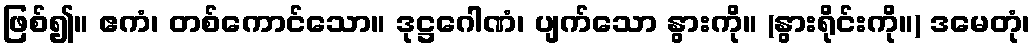
ဖြစ်၍။ ဧကံ၊ တစ်ကောင်သော။ ဒုဋ္ဌဂေါဏံ၊ ပျက်သော နွားကို။ (နွားရိုင်းကို။) ဒမေတုံ၊